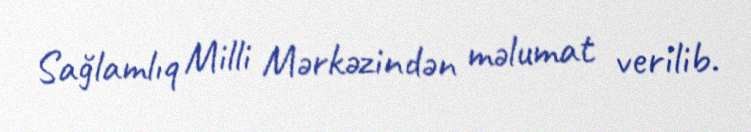
Sağlamlıq Milli Mərkəzindən məlumat verilib.